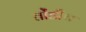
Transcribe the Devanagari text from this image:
तोंडीच